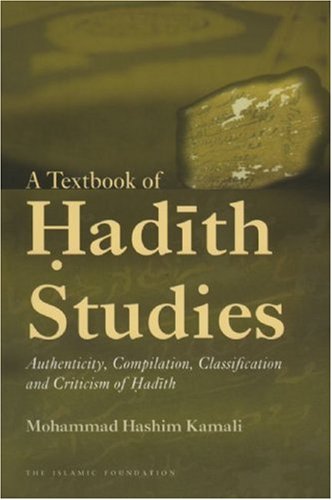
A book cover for A Textbook of Hadith Studies: Authenticity, Compilation, Classification and Criticism of Hadith; Mohammad Hashim Kamali; Religion & Spirituality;